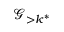
\mathscr { G } _ { > k ^ { * } }